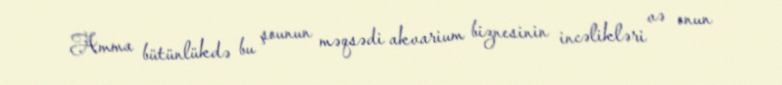
Amma bütünlükdə bu şounun məqsədi akvarium biznesinin incəlikləri və onun